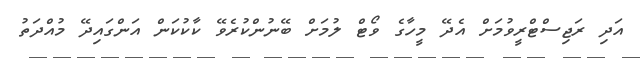
އަދި ރަޖިސްޓްރީވުމަށް އެދޭ މީހާގެ ވޯޓް ލުމަށް ބޭނުންކުރެވޭ ކާކުކަން އަންގައިދޭ މުއްދަތު